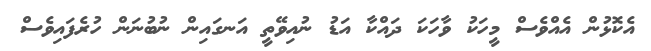
އެކޮޅުން އެއްވެސް މީހަކު ވާހަކަ ދައްކާ އަޑު ނުއިވޭތީ އަނގައިން ނުބުނަން ހުރެފައިވެސް